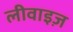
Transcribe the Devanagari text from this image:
लीवाइज़